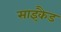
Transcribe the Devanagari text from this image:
साइकैड